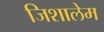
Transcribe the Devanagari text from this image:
जिशालेम